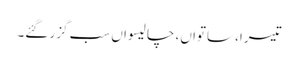
تیسرا، ساتواں، چالیسواں سب گزر گئے۔